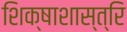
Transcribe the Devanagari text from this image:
शिक्षाशास्त्रि